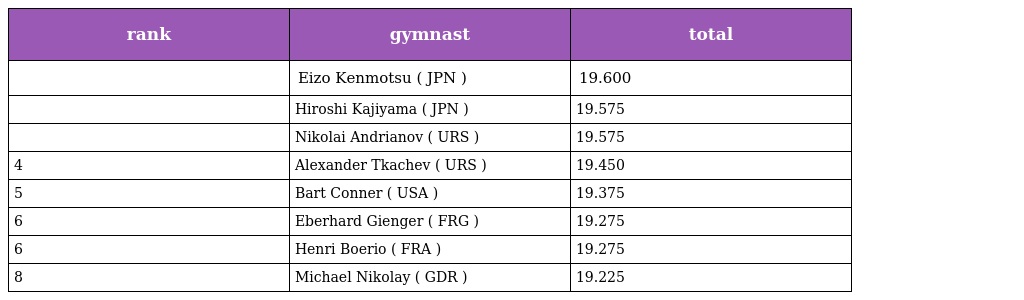
| rank | gymnast | total |
 | --- | --- | --- |
 |  | Eizo Kenmotsu ( JPN ) | 19.600 |
 |  | Hiroshi Kajiyama ( JPN ) | 19.575 |
 |  | Nikolai Andrianov ( URS ) | 19.575 |
 | 4 | Alexander Tkachev ( URS ) | 19.450 |
 | 5 | Bart Conner ( USA ) | 19.375 |
 | 6 | Eberhard Gienger ( FRG ) | 19.275 |
 | 6 | Henri Boerio ( FRA ) | 19.275 |
 | 8 | Michael Nikolay ( GDR ) | 19.225 |